Leprosy in India: report of the Leprosy Commission in India, 1890-91
Year: 1890
Disease focus: Leprosy
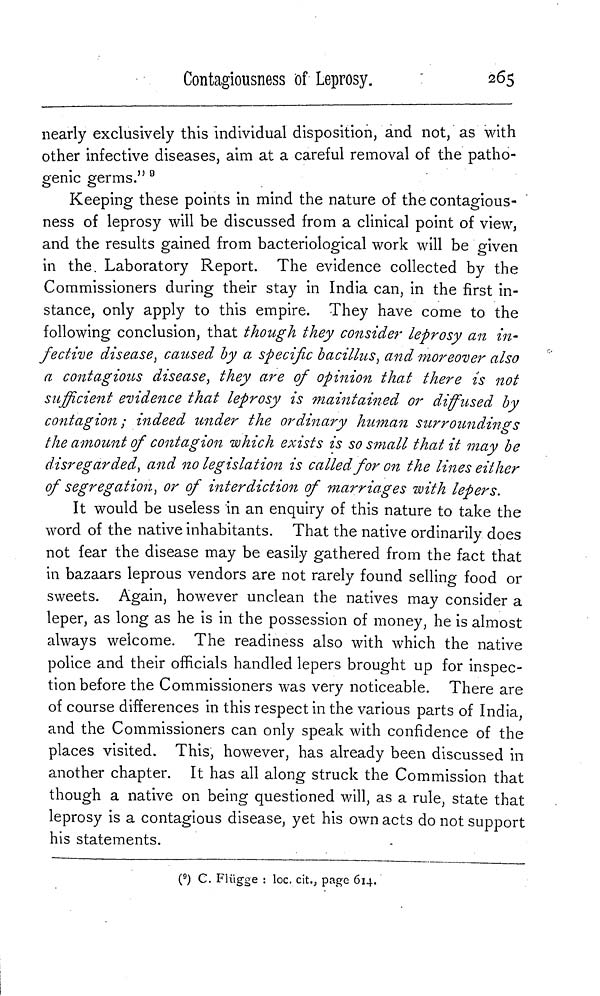
Contagiousness of Leprosy.
265
nearly exclusively this individual disposition, and not, as with
other infective diseases, aim at a careful removal of the patho-
genic germs." 9
Keeping these points in mind the nature of the contagious-
ness of leprosy will be discussed from a clinical point of view,
and the results gained from bacteriological work will be given
in the. Laboratory Report. The evidence collected by the
Commissioners during their stay in India can, in the first in-
stance, only apply to this empire. They have come to the
following conclusion, that though they consider leprosy an in-
fective disease, caused by a specific bacillus, and moreover also
a contagious disease, they are of opinion that there is not
sufficient evidence that leprosy is maintained or diffused by
contagion; indeed under the ordinary human surroundings
the amount of contagion which exists is so small that it may be
disregarded, and no legislation is called for on the lines either
of segregation, or of interdiction of marriages with lepers.
It would be useless in an enquiry of this nature to take the
word of the native inhabitants. That the native ordinarily does
not fear the disease may be easily gathered from the fact that
in bazaars leprous vendors are not rarely found selling food or
sweets. Again, however unclean the natives may consider a
leper, as long as he is in the possession of money, he is almost
always welcome. The readiness also with which the native
police and their officials handled lepers brought up for inspec-
tion before the Commissioners was very noticeable. There are
of course differences in this respect in the various parts of India
and the Commissioners can only speak with confidence of the
places visited. This, however, has already been discussed in
another chapter. It has all along struck the Commission that
though a native on being questioned will, as a rule, state that
leprosy is a contagious disease, yet his own acts do not support
his statements.
( 9 ) C. Flügge : loc. cit., page 614.